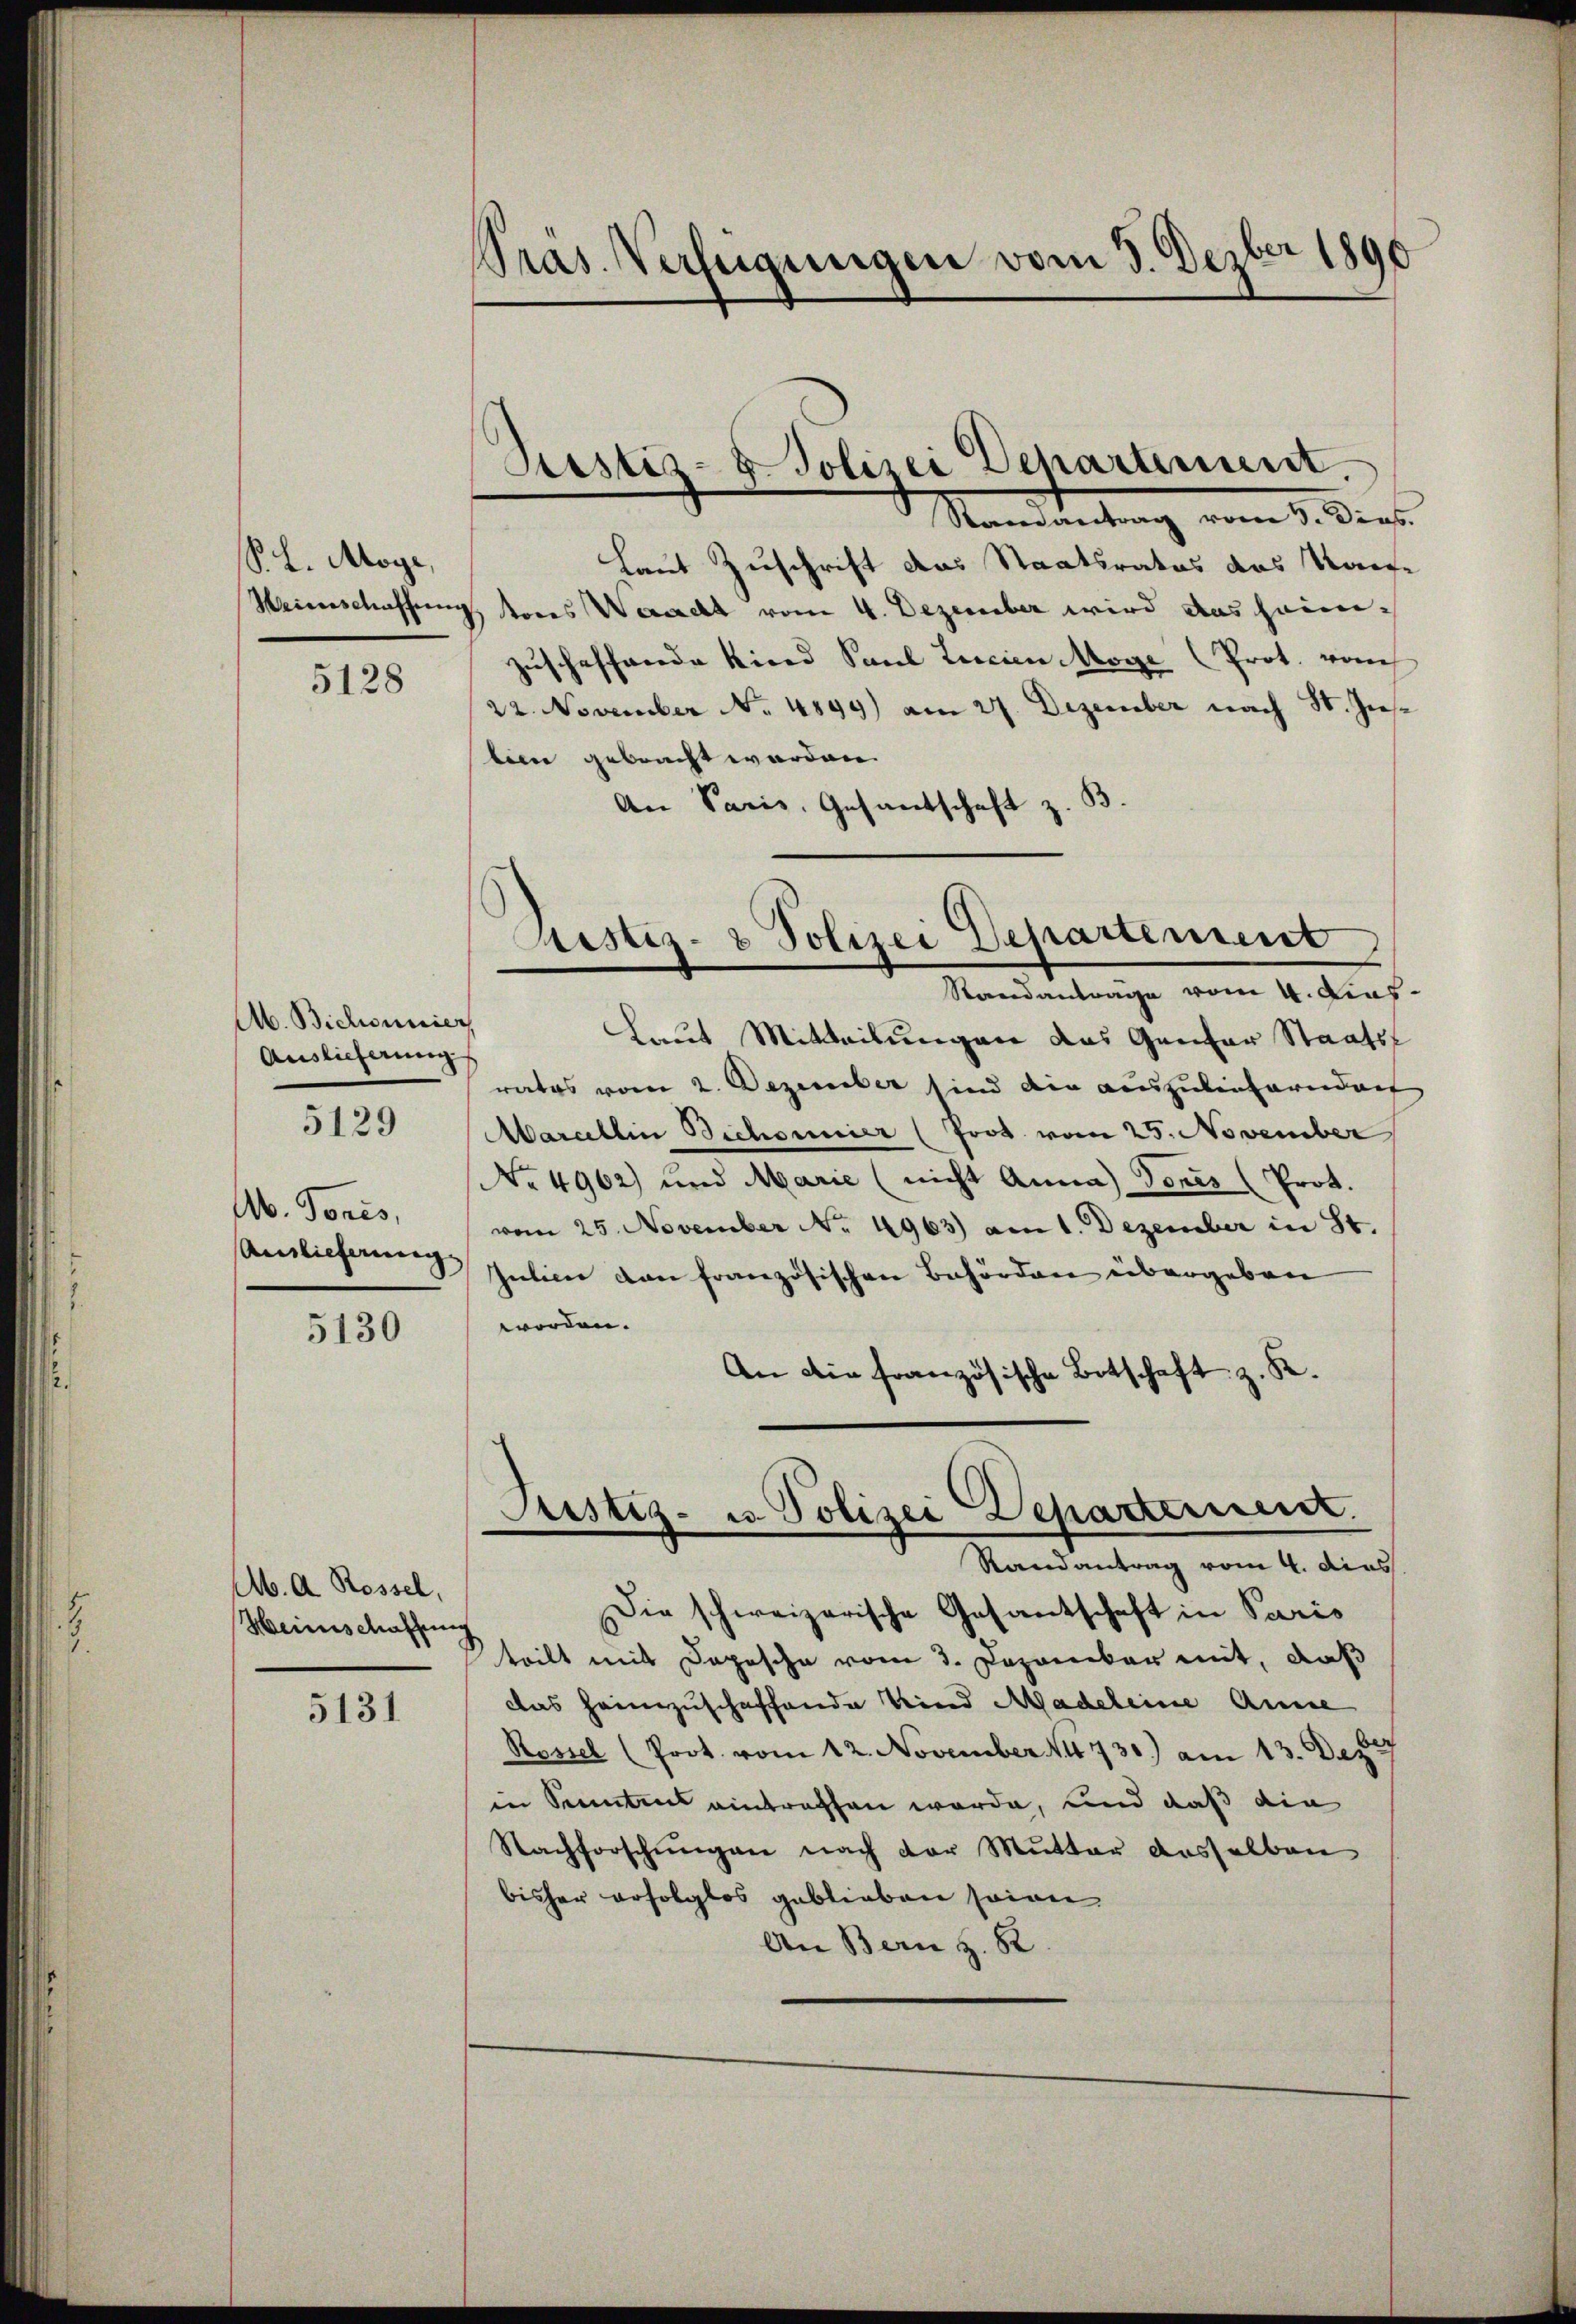
P. L. Moge,

5128

Ab. Bichounier
Auslieferungs
Ab. Tores,
Ainlieferung

5129

5130

Ab. A. Rossel,
Heinschaffung

5131

Präs. Verfügungen vom 3. Depber 1890

Justiz- & Polizei Departement
Raneantrag vom 3. Dieb.

Laut Zuschrift das Staatsrates das Kaise
Weinschaffung, sons Weracht vom 4. Dezember wird das heimzuschaffende Kind Paul Lacien Möge (Prot. vom
22. November No. 4899) am 27. Dezember nach St. Jes.
biere gebracht worden.
An Paris, Gesantschaft z. B.
Justiz- & Polizei Departement
Standantrage vom 4. Dies
Laut Mitteilungen das Ganter Staats-
rates vom 2. Dezember sind die auszulieferendant
Marellin Bichornier (Prot. vom 25. November
No 4962) und Marie (nicht Anna donis (Prot.
vom 25. November No. 4963) am 1. Dezember in St.
Jutica dan französischen Behörden übergeben
worden.
An die französische Botschaft z. R.

Justiz- u. Polizei Departement.
Randantrag vom 4. dies

Die schweizerische Gesantschaft in Paris
teilt mit Depesche vom 3. Dezember mit, daß
das heimzuschaffende Kind Madeleine Anse
Rossel (Prot. vom 12. November N4730) am 13. Dez.
in Sonntens eintraffen werde, und daß die
Nachforschŭngen nach der Mutter dasselben
bisher erfolglos geblieben seinen
An Bern z. R.